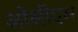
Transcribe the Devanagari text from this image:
ओसीएम